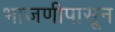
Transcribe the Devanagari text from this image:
भाजणीपासून